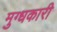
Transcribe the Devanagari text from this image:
मुग्धकारी